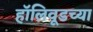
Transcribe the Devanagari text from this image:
हॉलिवूडच्या